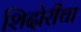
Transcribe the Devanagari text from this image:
शिदोरीचा